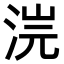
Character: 𣵘